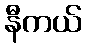
နီကယ်